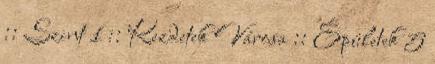
:: Szint 1 :: Kezdetek Városa :: Épületek 5